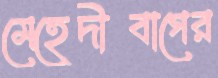
মেহেদীবাগের